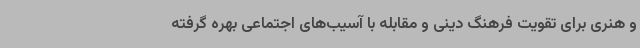
و هنری برای تقویت فرهنگ دینی و مقابله با آسیب‌های اجتماعی بهره گرفته